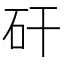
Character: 矸